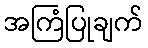
အကြံပြုချက်